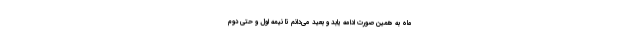
ماه به همین صورت ادامه یابد و بعید می‌دانم تا نیمه اول و حتی دوم